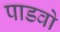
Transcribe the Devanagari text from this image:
पाडवो